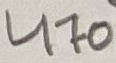
Text: 470